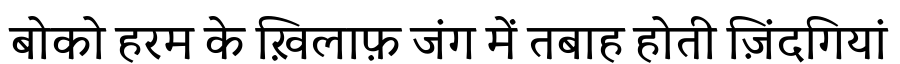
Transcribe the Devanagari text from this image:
बोको हरम के ख़िलाफ़ जंग में तबाह होती ज़िंदगियां